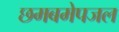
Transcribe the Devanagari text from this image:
छमबमेपजल